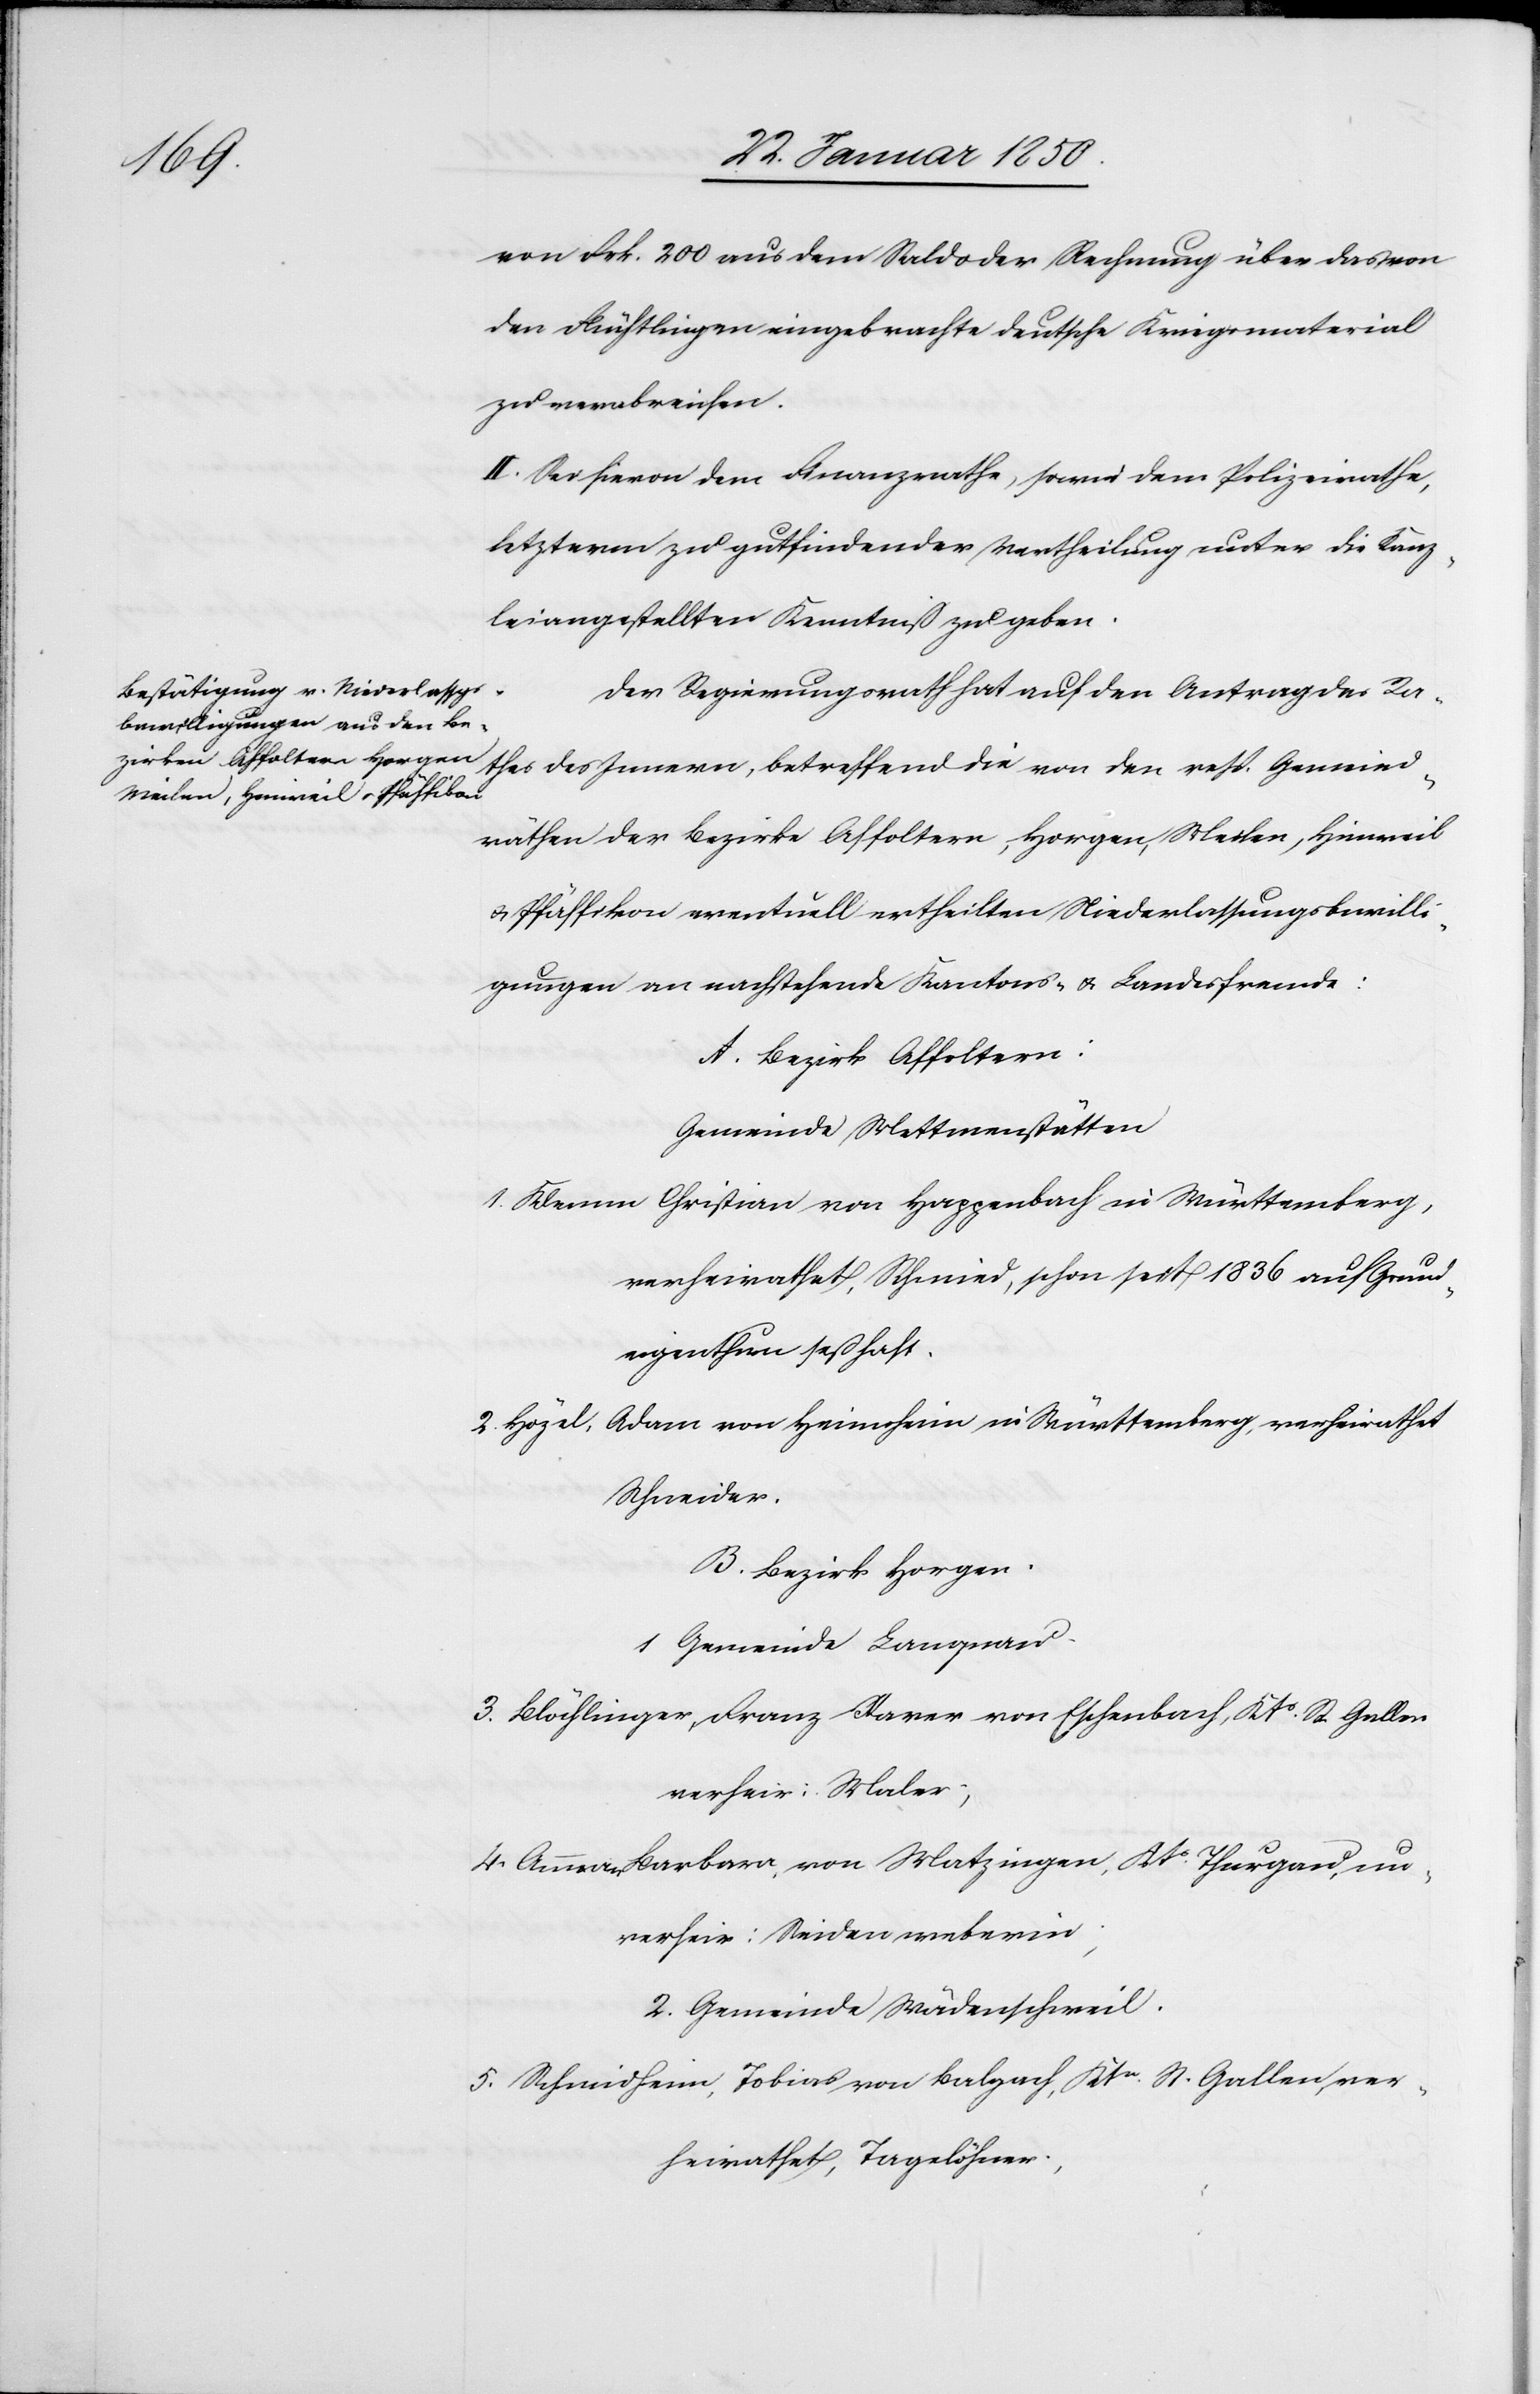
von Frk. 200 aus dem Saldo der Rechnung über das von
den Flüchtlingen eingebrachte deutsche Kriegsmaterial
zu verabreichen.
II. Sei hievon dem Finanzrathe, sowie dem Polizeirathe,
letzterm zu gutfindender Vertheilung unter die Kanz¬
leiangestellten Kenntniß zu geben.
Der Regierungsrath hat auf den Antrag des Ra¬
thes des Innern, betreffend die von den resp. Gemeind¬
räthen der Bezirke Affoltern, Horgen, Meilen, Hinweil
u. Pfäffikon eventuell ertheilten Niederlassungsbewilli¬
gungen an nachstehende Kantons- u. Landesfremde:
A. Bezirk Affoltern:
Gemeinde Mettmenstätten
1. Klemm Christian von Happenbach in Württemberg,
verheirathet, Schmied, schon seit 1836 auf Grund¬
eigenthum seßhaft.
Adam von Heimsheim in Württemberg, verheirathet
2. Hözel,
Schneider.
B. Bezirk Horgen.
1 Gemeinde Langnau.
3. Blöchlinger, Franz [?K]arer von Eschenbach, Kts St. Gallen
verheir; Maler;
4. Amman Barbara, von Matzingen, Kts Thurgau, un¬
verheir: Seidenweberin;
2. Gemeinde Wädenschweil.
5. Schmidheim, Tobias von Balgach, Ktn St. Gallen, ver¬
heirathet, Tagelöhner;